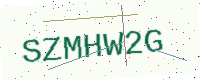
Text: SZMHW2G